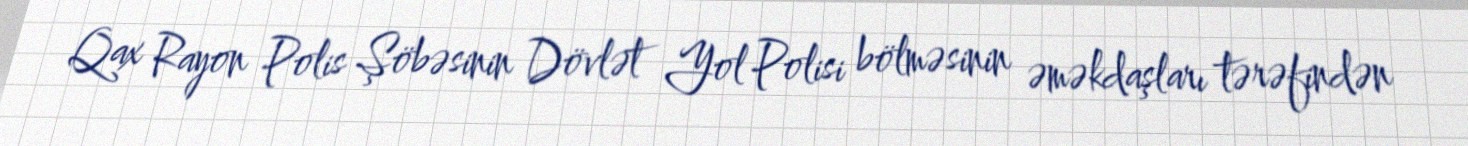
Qax Rayon Polis Şöbəsinin Dövlət Yol Polisi bölməsinin əməkdaşları tərəfindən